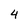
Character: 4